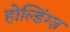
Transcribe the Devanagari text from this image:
होल्डिंग्ज़